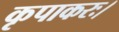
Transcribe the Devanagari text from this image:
कृपाकरः।